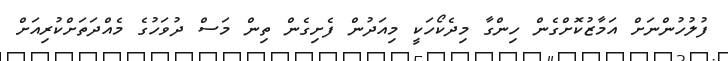
ފުލުހުންނަށް އަމާޒުކޮށްގެން ހިންގާ މިދެކޯހަކީ މިއަދުން ފެށިގެން ތިން މަސް ދުވަހުގެ މެއްދަތަށްކުރިއަށް